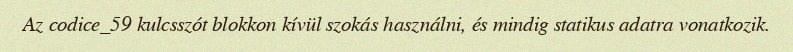
Az codice_59 kulcsszót blokkon kívül szokás használni, és mindig statikus adatra vonatkozik.